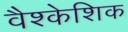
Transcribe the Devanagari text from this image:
वैश्केशिक